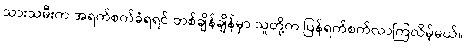
သားသမီးက အရက်စက်ခံရရင် တစ်ချိန်ချိန်မှာ သူတို့က ပြန်ရက်စက်လာကြလိမ့်မယ်။